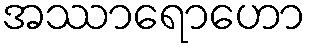
အဿာရောဟော